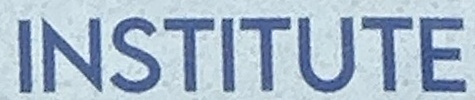
INSTITUTE